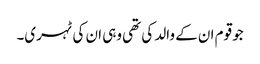
جو قوم ان کے والد کی تھی وہی ان کی ٹہری۔